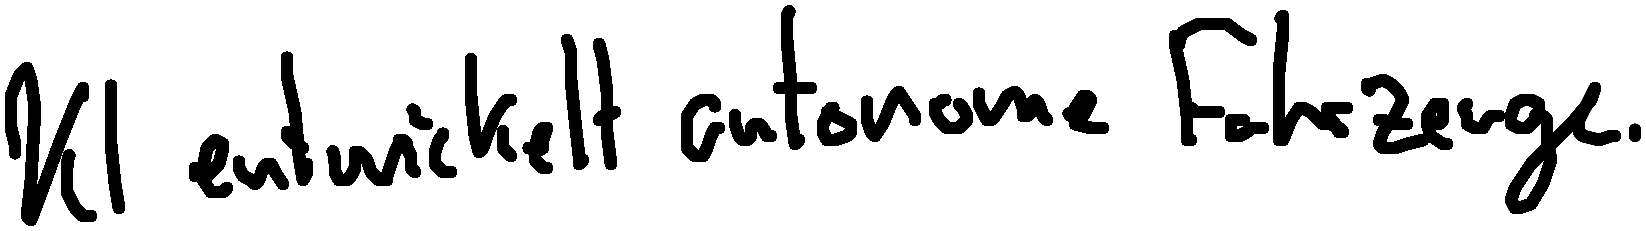
KI entwickelt autonome Fahrzeuge.